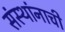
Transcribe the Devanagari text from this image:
संस्थांनाची